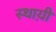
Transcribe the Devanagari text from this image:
स्थाय़ी